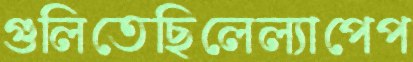
গুলিতেছিলেল্যাপেপ